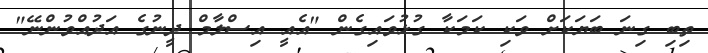
ތިބި ގިނަ ބަޔަކަށް ވަކި ކަމަކާ ގުޅުވައިގެން "އެއީ އިސްލާމް ދީނުގެ އަދުއްވުންނޭ"